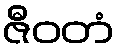
ဇီဝတံ